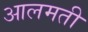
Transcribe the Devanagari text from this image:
आलमती